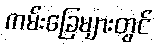
ကမ်းခြေများတွင်